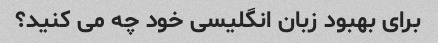
برای بهبود زبان انگلیسی خود چه می کنید؟